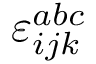
\varepsilon _ { i j k } ^ { a b c }